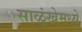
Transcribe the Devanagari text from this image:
साळुंखेमध्ये